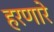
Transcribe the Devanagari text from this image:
हरणारे